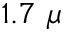
1 . 7 \ \mu